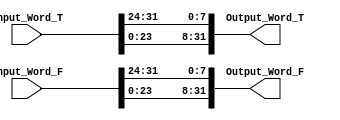
module RotWord (
	input	[WORD-1:0]	Input_Word_T,
	input	[WORD-1:0]	Input_Word_F,
	output	[WORD-1:0]	Output_Word_T,
	output	[WORD-1:0]	Output_Word_F
);		// module name and ports list.
	//parameters declaration
	parameter BYTE =8; //number of bits in a byte
	parameter WORD = 32; //number of bits in a word

	//rotating the word
	assign Output_Word_T[WORD-1-:WORD] = {Input_Word_T[(3*BYTE-1)-:BYTE],Input_Word_T[(2*BYTE-1)-:BYTE],Input_Word_T[(BYTE-1)-:BYTE],
					Input_Word_T[(WORD-1)-:BYTE]};
    assign Output_Word_F[WORD-1-:WORD] = {Input_Word_F[(3*BYTE-1)-:BYTE],Input_Word_F[(2*BYTE-1)-:BYTE],Input_Word_F[(BYTE-1)-:BYTE],
    Input_Word_F[(WORD-1)-:BYTE]};
    
endmodule